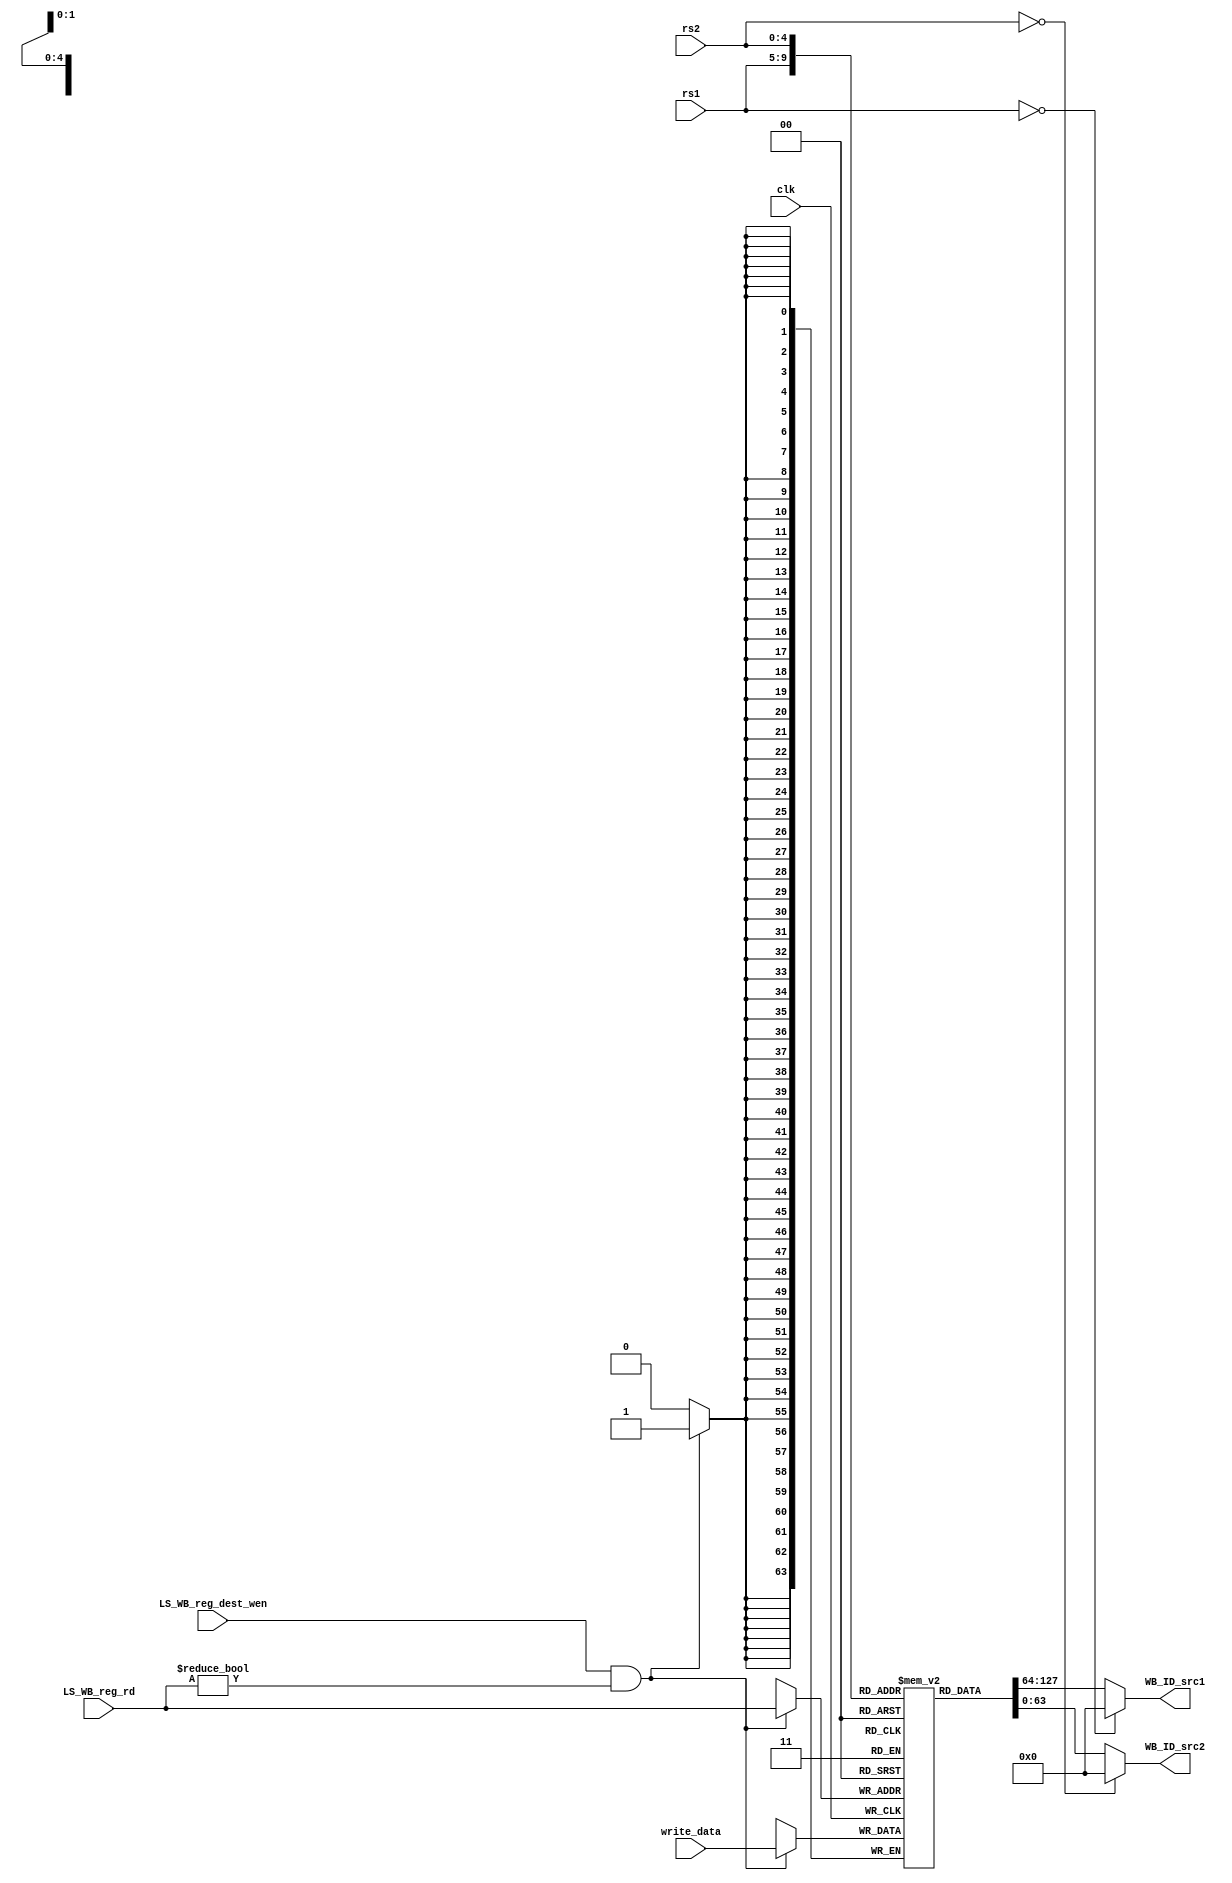
// the Universal Register Unit for a cpu core
// Copyright (C) 2024  LiuBingxu

// This program is free software: you can redistribute it and/or modify
// it under the terms of the GNU General Public License as published by
// the Free Software Foundation, either version 3 of the License, or
// (at your option) any later version.

// This program is distributed in the hope that it will be useful,
// but WITHOUT ANY WARRANTY; without even the implied warranty of
// MERCHANTABILITY or FITNESS FOR A PARTICULAR PURPOSE.  See the
// GNU General Public License for more details.

// You should have received a copy of the GNU General Public License
// along with this program.  If not, see <https://www.gnu.org/licenses/>.

// Please contact me through the following email: <qwe15889844242@163.com>

module gpr (
    input                   clk,
//interface with idu
    input  [4 :0]           rs1,
    input  [4 :0]           rs2,
    output [63:0]           WB_ID_src1,
    output [63:0]           WB_ID_src2,
//interface with lsu 
    //gpr
    input  [4:0]            LS_WB_reg_rd,
    input                   LS_WB_reg_dest_wen,
    input  [63:0]           write_data
);

reg [63:0] riscv_reg [1:31];

always @(posedge clk) begin
    if(LS_WB_reg_dest_wen & (LS_WB_reg_rd != 5'h0))begin
        riscv_reg[LS_WB_reg_rd] <= write_data;
    end
end

assign WB_ID_src1 = (rs1 == 5'h0) ? 64'h0 : riscv_reg[rs1];
assign WB_ID_src2 = (rs2 == 5'h0) ? 64'h0 : riscv_reg[rs2];

endmodule //gpr